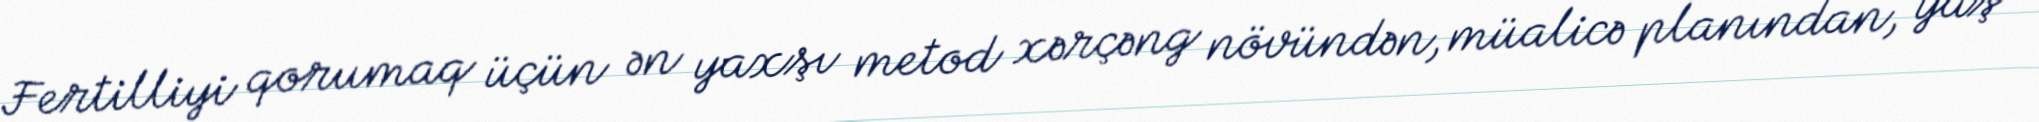
Fertilliyi qorumaq üçün ən yaxşı metod xərçəng növündən, müalicə planından, yaş